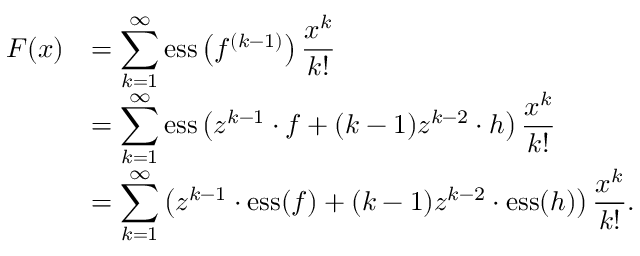
\begin{array} { r l } { F ( x ) } & { = \displaystyle \sum _ { k = 1 } ^ { \infty } \mathrm { e s s } \left( f ^ { ( k - 1 ) } \right) \frac { x ^ { k } } { k ! } } \\ & { = \displaystyle \sum _ { k = 1 } ^ { \infty } \mathrm { e s s } \left( z ^ { k - 1 } \cdot f + ( k - 1 ) z ^ { k - 2 } \cdot h \right) \frac { x ^ { k } } { k ! } } \\ & { = \displaystyle \sum _ { k = 1 } ^ { \infty } \left( z ^ { k - 1 } \cdot \mathrm { e s s } ( f ) + ( k - 1 ) z ^ { k - 2 } \cdot \mathrm { e s s } ( h ) \right) \frac { x ^ { k } } { k ! } . } \end{array}